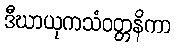
ဒီဃာယုကသံဝတ္တနိကာ